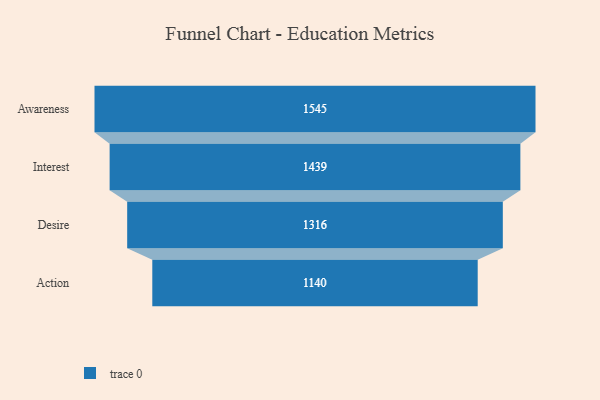
{"axis": {"x": "Stage", "y": "Value"}, "legend": [""], "data": [{"x": "Awareness", "y": 1545.0, "type": ""}, {"x": "Interest", "y": 1439.0, "type": ""}, {"x": "Desire", "y": 1316.0, "type": ""}, {"x": "Action", "y": 1140.0, "type": ""}]}